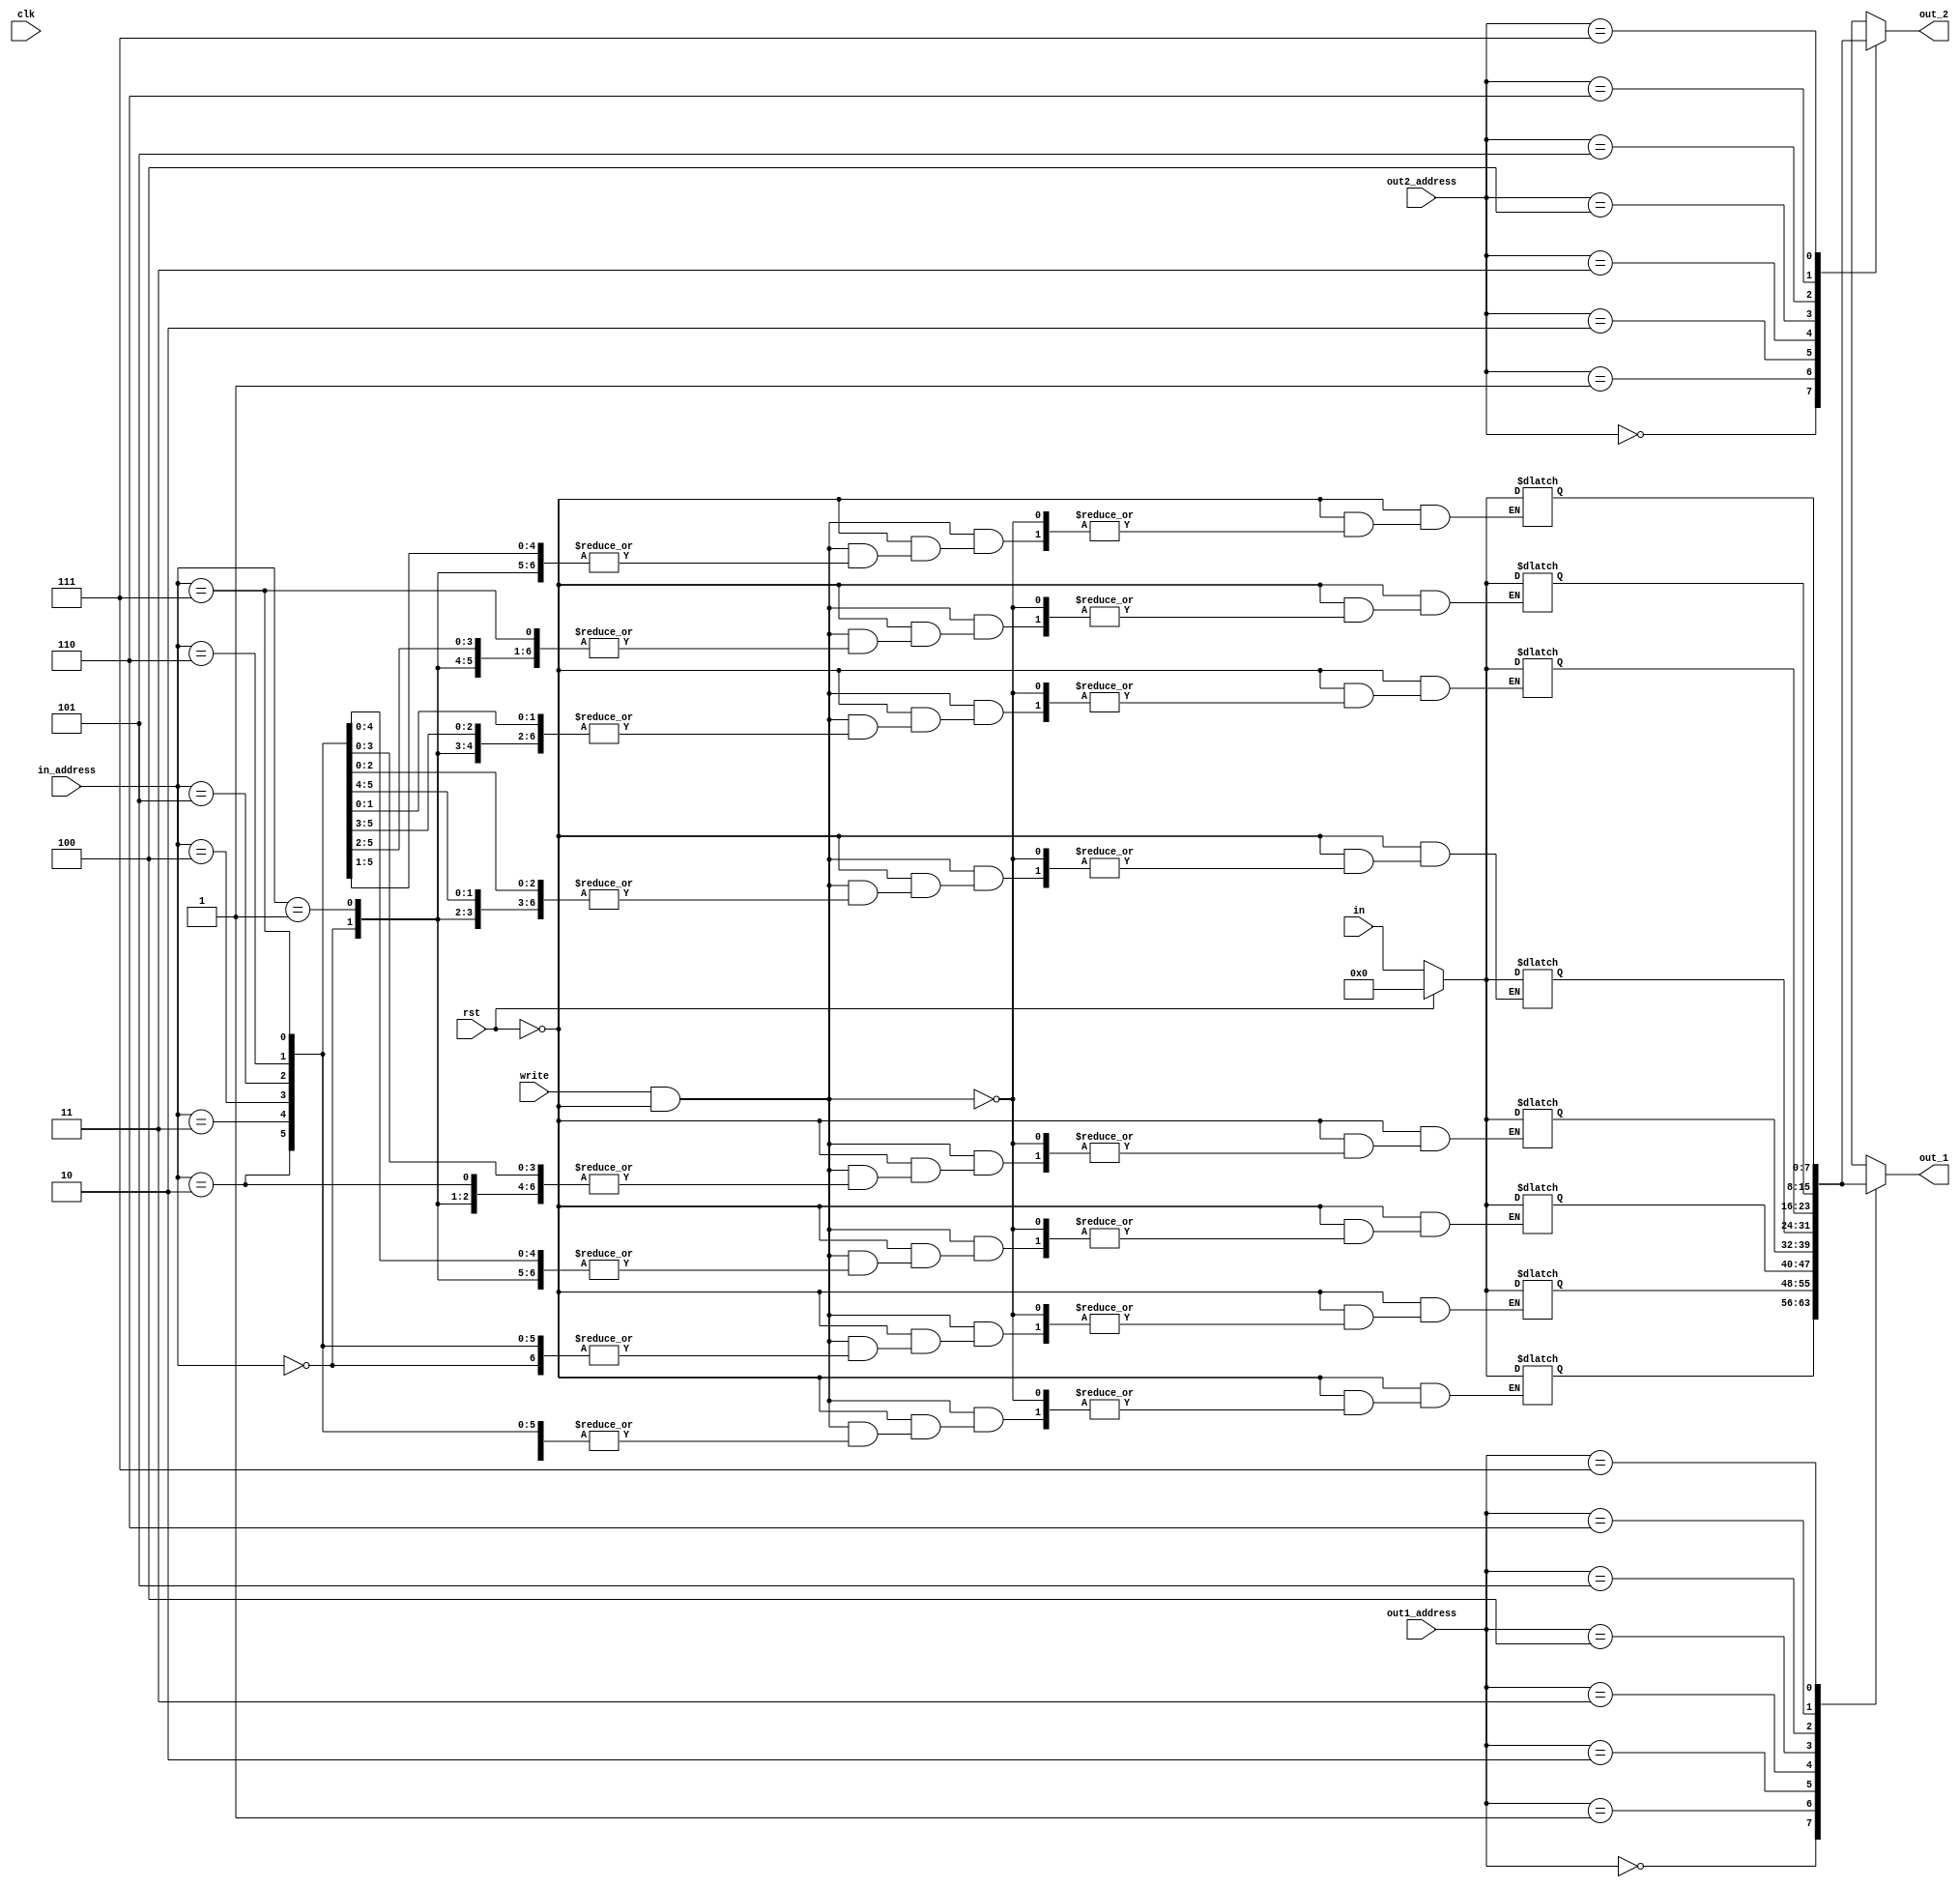
module reg_file(input [7:0] in,input[2:0] in_address,input [2:0]out1_address,input [2:0] out2_address,input clk,input rst,input write,output [7:0] out_1,output [7:0] out_2);

integer i;

reg [7:0] regfile [0:7];

always@(*)
	begin
		if(rst)
			begin
				#2;
					for(i = 0;i<8;i=i+1)
						regfile[i] = 8'b00000000;
end


	
		else if(write == 1'b1 && rst == 1'b0)
		begin
			#2;
				regfile[in_address] = in;
		end
end



assign #2 out_1 = regfile[out1_address];
assign #2 out_2 = regfile[out2_address];

endmodule